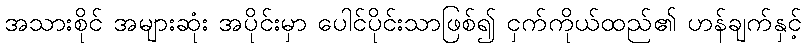
အသားစိုင် အများဆုံး အပိုင်းမှာ ပေါင်ပိုင်းသာဖြစ်၍ ငှက်ကိုယ်ထည်၏ ဟန်ချက်နှင့်